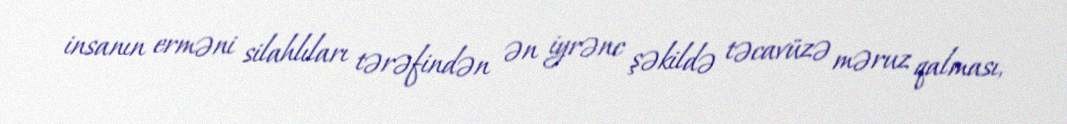
insanın erməni silahlıları tərəfindən ən iyrənc şəkildə təcavüzə məruz qalması,